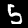
Label: 5